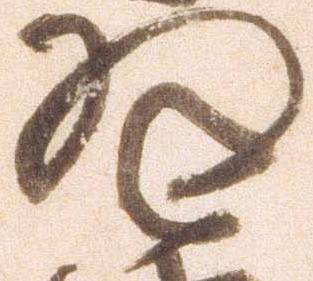
返